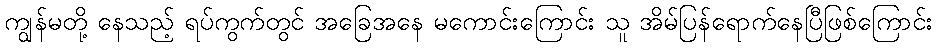
ကျွန်မတို့ နေသည့် ရပ်ကွက်တွင် အခြေအနေ မကောင်းကြောင်း သူ အိမ်ပြန်ရောက်နေပြီဖြစ်ကြောင်း